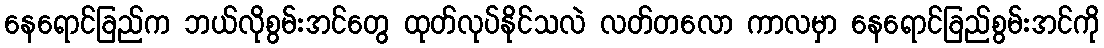
နေရောင်ခြည်က ဘယ်လိုစွမ်းအင်တွေ ထုတ်လုပ်နိုင်သလဲ လတ်တလော ကာလမှာ နေရောင်ခြည်စွမ်းအင်ကို